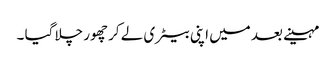
مہینے بعد میں اپنی بیٹری لے کر چھور چلا گیا ۔